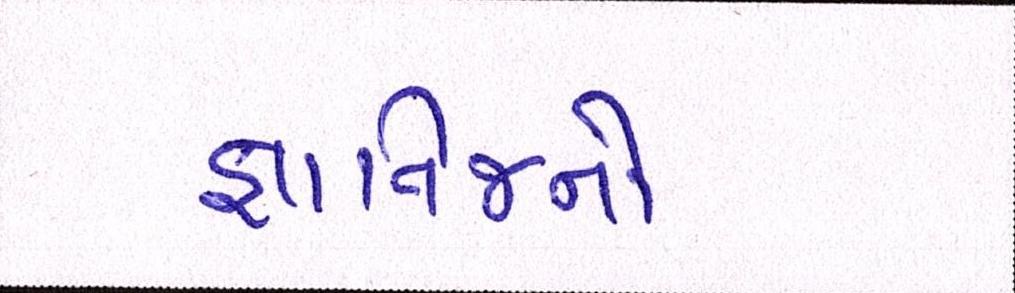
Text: જ્ઞાતિજનો